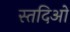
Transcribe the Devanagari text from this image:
स्तदिओ